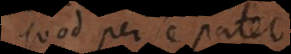
Quod per se patet